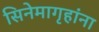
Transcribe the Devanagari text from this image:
सिनेमागृहांना